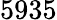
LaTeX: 5935